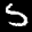
Digit: 5